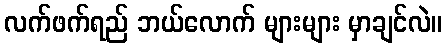
လက်ဖက်ရည် ဘယ်လောက် များများ မှာချင်လဲ။